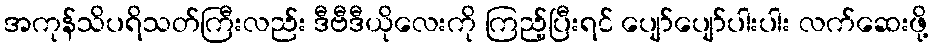
အကုန်သိပရိသတ်ကြီးလည်း ဒီဗီဒီယိုလေးကို ကြည့်ပြီးရင် ပျော်ပျော်ပါးပါး လက်ဆေးဖို့